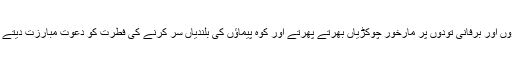
انہیں پہاڑوں اور برفانی تودوں پر مارخور چوکڑیاں بھرتے پھرتے اور کوہ پیماؤں کی بلندیاں سر کرنے کی فطرت کو دعوتِ مبارزت دیتے نظر آتے۔